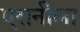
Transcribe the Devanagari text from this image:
एरानीला